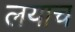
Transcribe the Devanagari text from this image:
लयाच